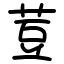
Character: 荳